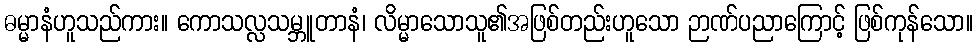
ဓမ္မာနံဟူသည်ကား။ ကောသလ္လသမ္ဘူတာနံ၊ လိမ္မာသောသူ၏အဖြစ်တည်းဟူသော ဉာဏ်ပညာကြောင့် ဖြစ်ကုန်သော။